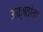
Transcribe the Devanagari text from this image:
अक्षतांना